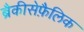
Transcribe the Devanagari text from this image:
ब्रैकीसेफ़ैलिक